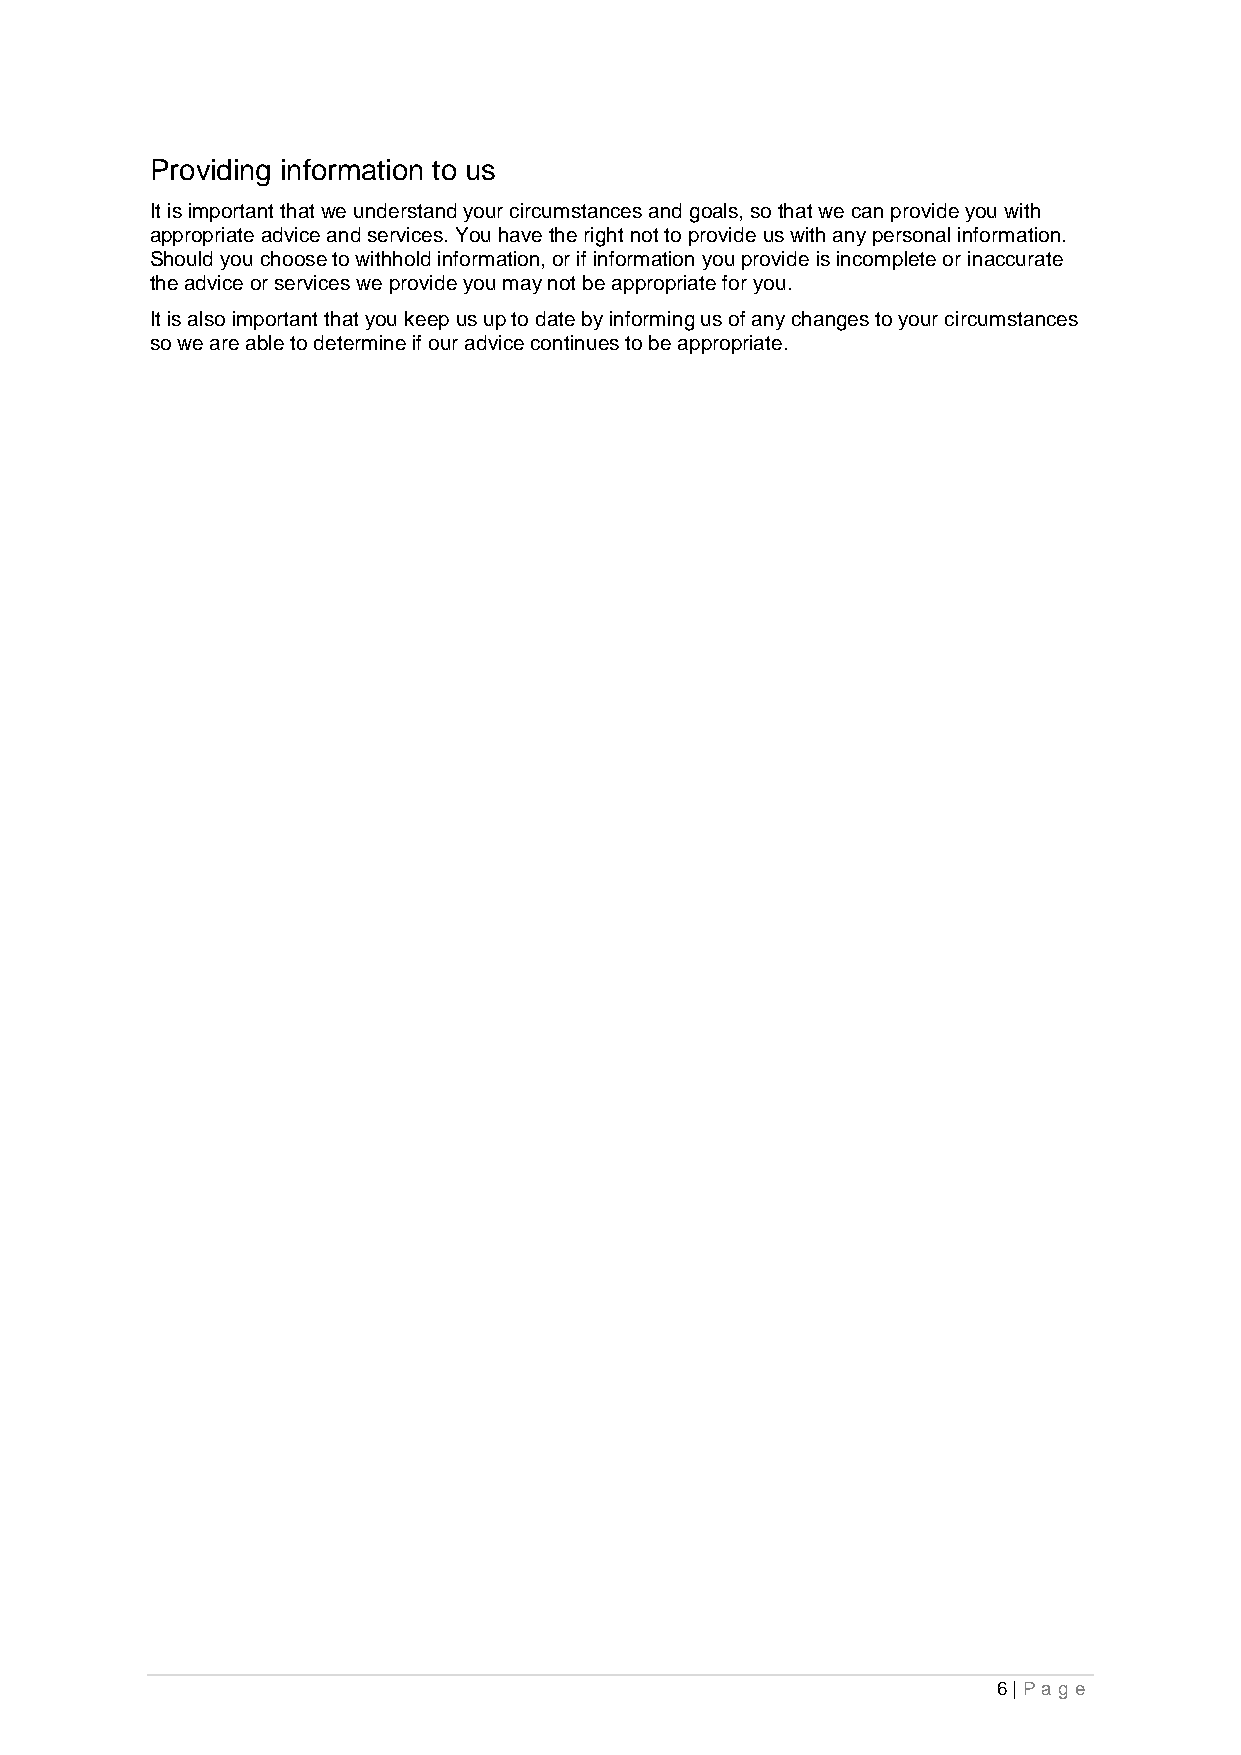
Providing information to us
 It is important that we understand your circumstances and goals, so that we can provide you with
 appropriate advice and services. You have the right not to provide us with any personal information.
 Should you choose to withhold information, or if information you provide is incomplete or inaccurate
 the advice or services we provide you may not be appropriate for you.
 It is also important that you keep us up to date by informing us of any changes to your circumstances
 so we are able to determine if our advice continues to be appropriate.
 6 | Pag e